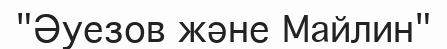
"Әуезов және Майлин"